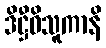
ဒိဋ္ဌီဝိသူကာနိ